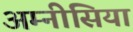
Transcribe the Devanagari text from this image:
अम्नीसिया